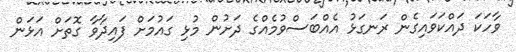
ވާހަކަ ދައްކަވައިގެން ރަނގަޅު އެއްބަސްވުމެއްގެ ދަށުން މުޅި ގައުމަށް ފައިދާވާ ގޮތަށް އަޅަން